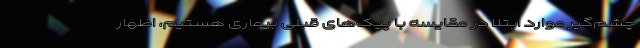
چشم‌گیر موارد ابتلا در مقایسه با پیک‌های قبلی بیماری هستیم، اظهار